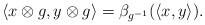
LaTeX: \begin{align*}\langle x\otimes g, y\otimes g\rangle = \beta_{g^{-1}}(\langle x,y\rangle).\end{align*}